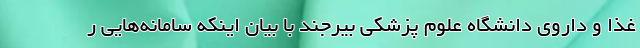
غذا و داروی دانشگاه علوم پزشکی بیرجند با بیان اینکه سامانه‌هایی ر